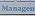
managem